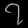
Digit: ၇